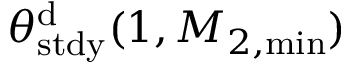
\theta _ { \mathrm { s t d y } } ^ { \mathrm { d } } ( 1 , M _ { 2 , \operatorname* { m i n } } )